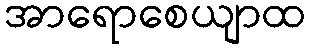
အာရောစေယျာထ